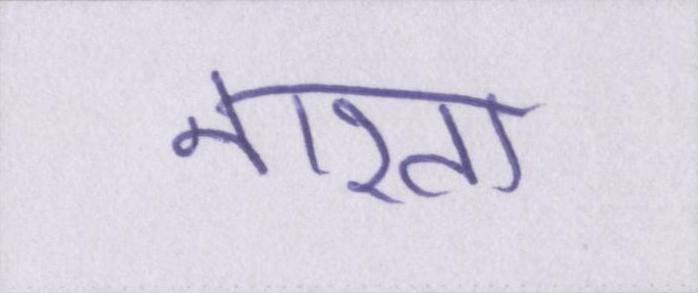
नाश्ता